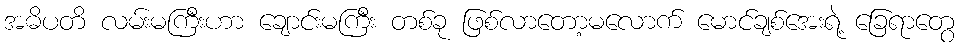
အဓိပတိ လမ်းမကြီးဟာ ချောင်းမကြီး တစ်ခု ဖြစ်လာတော့မလောက် မောင်ချစ်အေးရဲ့ ခြေရာတွေ